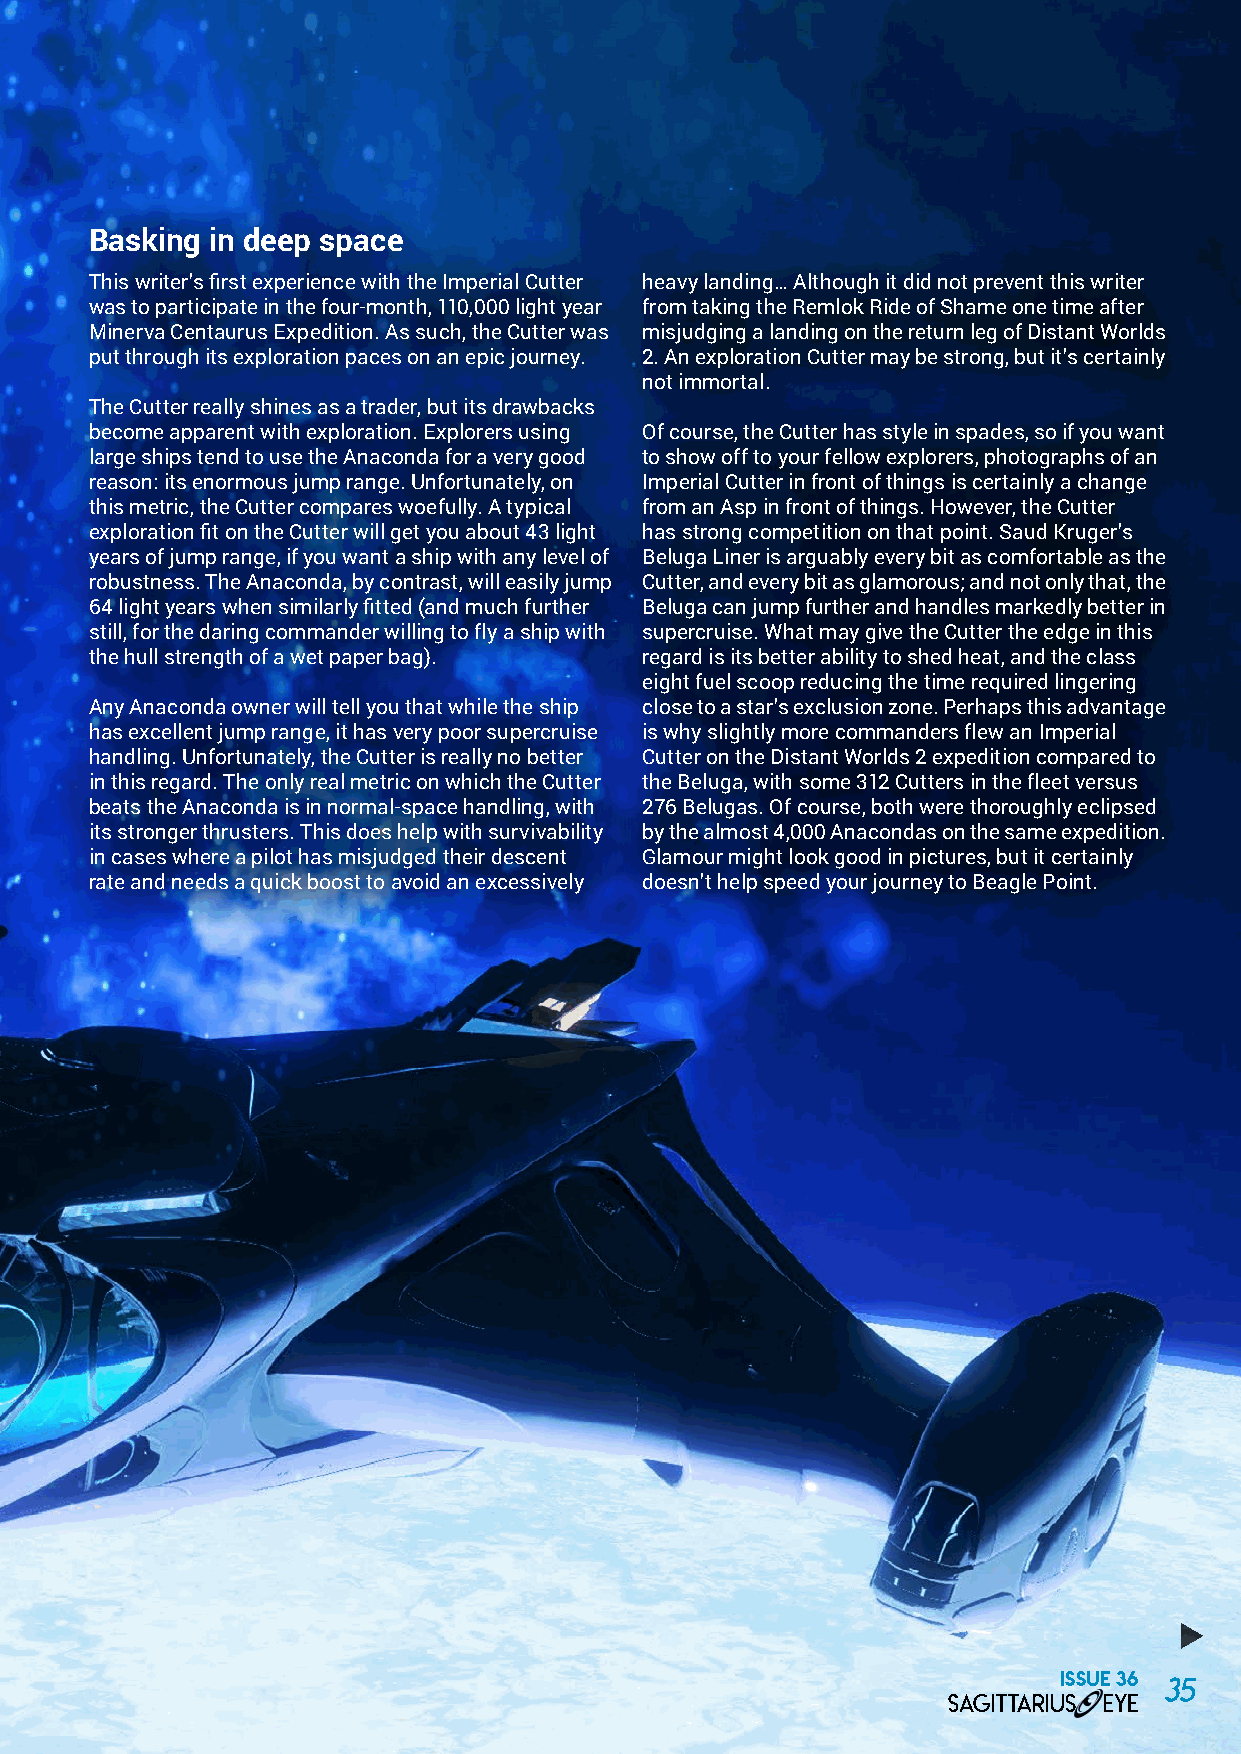
Manic miner An exploration Basking in deep space
 Cutter may be
 Another area where the Imperial Cutter shines is This writer’s first experience with the Imperial Cutter heavy landing… Although it did not prevent this writer
 (ironically for such a glamorous ship) mining. Many of strong, but it’s was to participate in the four-month, 110,000 light year from taking the Remlok Ride of Shame one time after
 the things that make it such a good trading ship also Minerva Centaurus Expedition. As such, the Cutter was misjudging a landing on the return leg of Distant Worlds
 certainly not
 make it an excellent miner. put through its exploration paces on an epic journey. 2. An exploration Cutter may be strong, but it’s certainly
 immortal.                                 not immortal.
 For the commander who wants to mine their way to a The Cutter really shines as a trader, but its drawbacks
 fleet carrier, being able to haul away hundreds of tonnes become apparent with exploration. Explorers using Of course, the Cutter has style in spades, so if you want
 of refined minerals from the asteroid rings while still large ships tend to use the Anaconda for a very good to show off to your fellow explorers, photographs of an
 having strong shields is what makes this ship so adept reason: its enormous jump range. Unfortunately, on Imperial Cutter in front of things is certainly a change
 at this job. It doesn’t hurt that the Cutter has many hard this metric, the Cutter compares woefully. A typical from an Asp in front of things. However, the Cutter
 points, so all the various pieces of mining equipment exploration fit on the Cutter will get you about 43 light has strong competition on that point. Saud Kruger’s
 (mining lasers, seismic charge launchers and abrasion years of jump range, if you want a ship with any level of Beluga Liner is arguably every bit as comfortable as the
 blasters) can all be fitted at the same time with no robustness. The Anaconda, by contrast, will easily jump Cutter, and every bit as glamorous; and not only that, the
 compromises. You can also fit enough collection limpet 64 light years when similarly fitted (and much further Beluga can jump further and handles markedly better in
 controllers such that you end up with what looks like a still, for the daring commander willing to fly a ship with supercruise. What may give the Cutter the edge in this
 swarm of locusts voraciously devouring the fruits of the the hull strength of a wet paper bag). regard is its better ability to shed heat, and the class
 asteroid belt.                            eight fuel scoop reducing the time required lingering
 Any Anaconda owner will tell you that while the ship close to a star’s exclusion zone. Perhaps this advantage
 The Cutter does suffer a little in the asteroid fields from has excellent jump range, it has very poor supercruise is why slightly more commanders flew an Imperial
 its tendency to ‘slide’ in turns, with the ever-present handling. Unfortunately, the Cutter is really no better Cutter on the Distant Worlds 2 expedition compared to
 risk of ramming an asteroid; but on the other hand, in this regard. The only real metric on which the Cutter the Beluga, with some 312 Cutters in the fleet versus
 engineered prismatic shields suffice where turning beats the Anaconda is in normal-space handling, with 276 Belugas. Of course, both were thoroughly eclipsed
 ability fails. its stronger thrusters. This does help with survivability by the almost 4,000 Anacondas on the same expedition.
 in cases where a pilot has misjudged their descent Glamour might look good in pictures, but it certainly
 rate and needs a quick boost to avoid an excessively doesn’t help speed your journey to Beagle Point.
 ISSUE 36 35